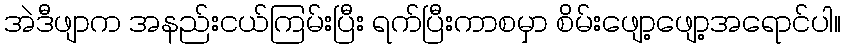
အဲဒီဖျာက အနည်းငယ်ကြမ်းပြီး ရက်ပြီးကာစမှာ စိမ်းဖျော့ဖျော့အရောင်ပါ။